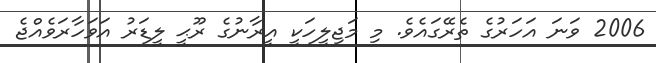
2006 ވަނަ އަހަރުގެ ތެރޭގައެވެ. މި މަޖިލީހަކީ އީރާނުގެ ރޫޙީ ލީޑަރު އަވަހާރަވެއްޖެ